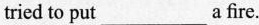
tried to put___a fire.